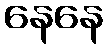
နေနေ